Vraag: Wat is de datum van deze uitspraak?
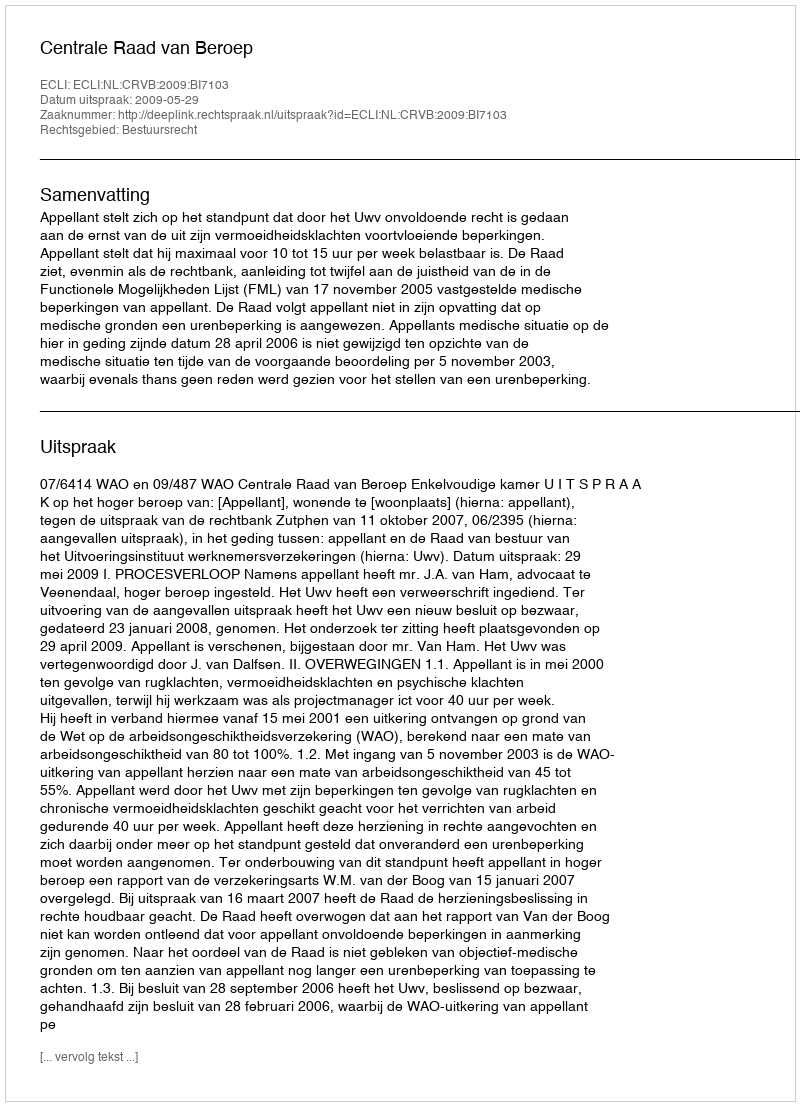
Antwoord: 2009-05-29